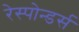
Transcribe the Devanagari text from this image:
रेस्पोन्डर्स